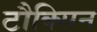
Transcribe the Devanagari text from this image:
टौक्सिन